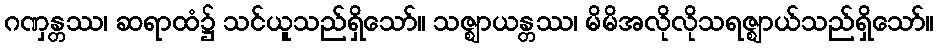
ဂဏှန္တဿ၊ ဆရာထံ၌ သင်ယူသည်ရှိသော်။ သဇ္ဈာယန္တဿ၊ မိမိအလိုလိုသရဇ္ဈာယ်သည်ရှိသော်။